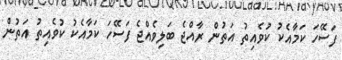
ފަސޭހަ ކަމާއެކު ކުވެއިތު އަތުން ރާއްޖެ ބަލިވެއްޖެ ފަސޭހަ ކަމާއެކު ކުވެއިތު އަތުން